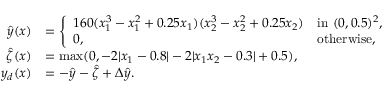
\begin{array} { r l } { \hat { y } ( x ) } & { = \left\{ \begin{array} { l l } { 1 6 0 ( x _ { 1 } ^ { 3 } - x _ { 1 } ^ { 2 } + 0 . 2 5 x _ { 1 } ) ( x _ { 2 } ^ { 3 } - x _ { 2 } ^ { 2 } + 0 . 2 5 x _ { 2 } ) } & { \mathrm { i n ~ } ( 0 , 0 . 5 ) ^ { 2 } , } \\ { 0 , } & { \mathrm { o t h e r w i s e } , } \end{array} \right. } \\ { \hat { \zeta } ( x ) } & { = \operatorname* { m a x } ( 0 , - 2 | x _ { 1 } - 0 . 8 | - 2 | x _ { 1 } x _ { 2 } - 0 . 3 | + 0 . 5 ) , } \\ { y _ { d } ( x ) } & { = - \hat { y } - \hat { \zeta } + \Delta \hat { y } . } \end{array}